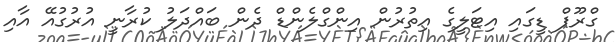
ގްރޫޕް ޑީގައި އިޓަލީގެ އިތުރުން އިންގްލެންޑް ދެން ބައްދަލު ކުރާނީ އުރުގުއޭ އާއި